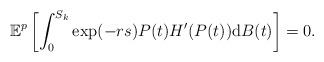
LaTeX: \begin{align*}\mathbb{E}^p\left[\int_{0}^{S_k}\exp(-rs)P(t)H'(P(t))\mathrm{d}B(t)\right]=0.\end{align*}